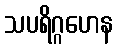
သပရိဂ္ဂဟေန